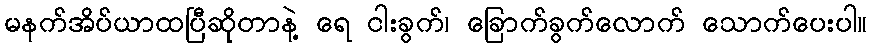
မနက်အိပ်ယာထပြီဆိုတာနဲ့ ရေ ငါးခွက်၊ ခြောက်ခွက်လောက် သောက်ပေးပါ။